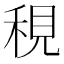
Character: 䅐